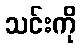
သင်းကို